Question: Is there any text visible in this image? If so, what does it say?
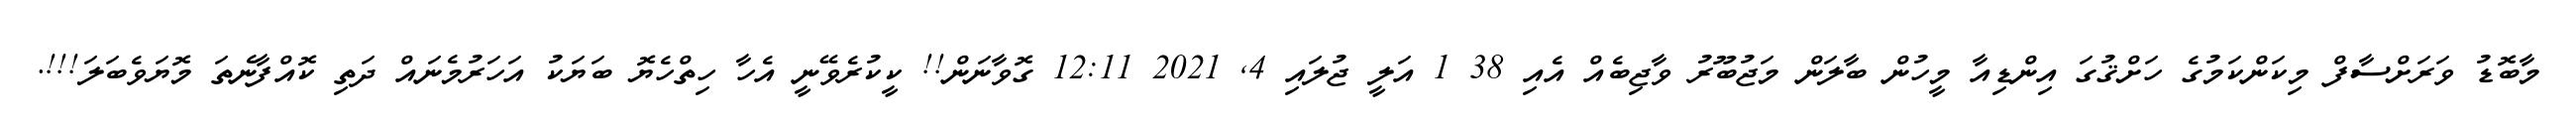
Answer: މާބޮޑު ވަރަށްސާފް މިކަންކަމުގެ ހަށްޤުގަ އިންޑިއާ މީހުން ބާލަން މަޖުބޫރު ވާޖިބެއް އެއި 38 1 އަލީ ޖުލައި 4, 2021 12:11 ގޮވާނަން!! ކީކުރެވޭނީ އެހާ ހިތްހެޔޮ ބަޔަކު އަހަރުމެނައް ދަތި ކޮއްފާނެތަ މޮޔަވެބަލަ!!!.